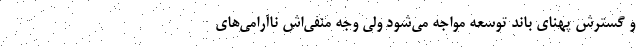
و گسترش پهنای باند توسعه مواجه می‌شود ولی وجه منفی‌اش ناآرامی‌های